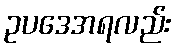
ဥပဒေအရလည်း